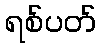
ရစ်ပတ်